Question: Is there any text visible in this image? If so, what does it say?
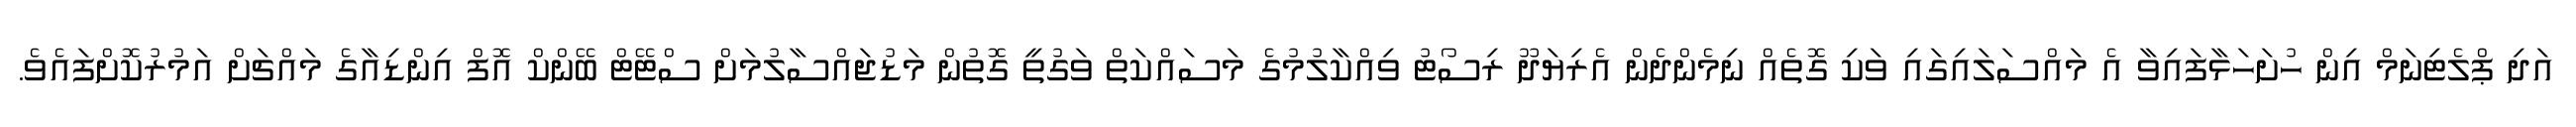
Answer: އަދި ޕްލެޓިނަމް އިން ހުށަހަޅާފައިވާ އެ މައްސަލައިގައި ވަކި ގޮތެއް ނިމެންދެން އެރިޔަދޫ ރިސޯޓު ވިއްކާލުމުގެ މަސައްކަތް ވަގުތީ ގޮތުން މަޑުޖައްސާލުމަށް ސްޓޭޓް ބޭންކް އޮފް އިންޑިއާގެ މައްޗަށް އަމުރުކޮށްފައެވެ.